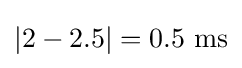
|2-2.5|=0.5~{\text{ms}}